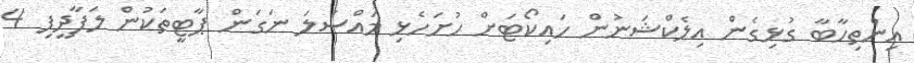
އިންތިހާބާ ގުޅިގެން އިލެކްޝަނުން ހައިކޯޓަށް ހުށަހެޅި މައްސަލަ ނަގަން ޕާޓީތަކުން ލަފާދީފި 4